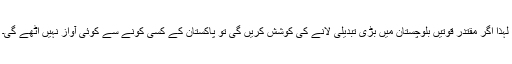
لہٰذا اگر مقتدر قوتیں بلوچستان میں بڑی تبدیلی لانے کی کوشش کریں گی تو پاکستان کے کسی کونے سے کوئی آواز نہیں اٹھے گی۔